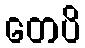
တေပိ